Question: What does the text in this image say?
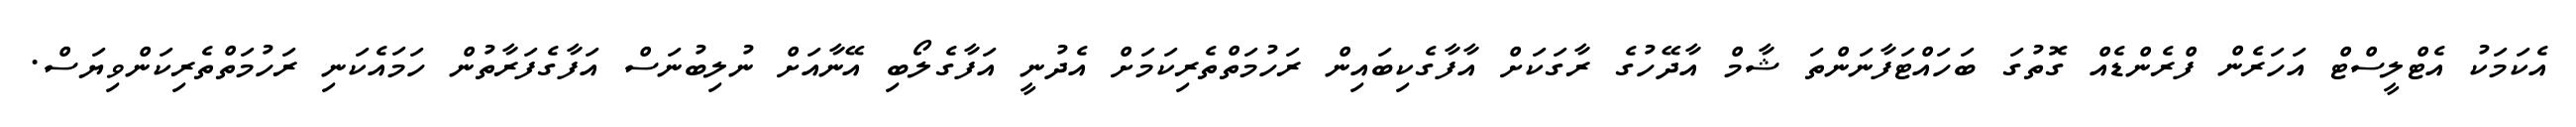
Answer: އެކަމަކު އެޓްލީސްޓް އަހަރެން ފްރެންޑެއް ގޮތުގަ ބަހައްޓަފާނަންތަ ޝާމް އާދޭހުގެ ރާގަކަށް އާފާގެކިބައިން ރަހުމަތްތެރިކަމަށް އެދުނީ އަފާގެލޯބި އޭނާއަށް ނުލިބުނަސް އަފާގެފަރާތުން ހަމައެކަނި ރަހުމަތްތެރިކަންވިޔަސް.